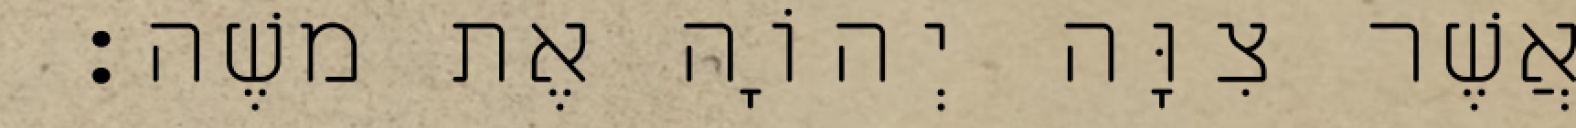
כַּאֲשֶׁר צִוָּה יְהוָֹה אֶת משֶׁה׃